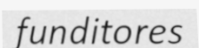
funditores